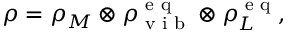
\rho = \rho _ { M } \otimes \rho _ { \textrm { v i b } } ^ { \textrm { e q } } \otimes \rho _ { L } ^ { \textrm { e q } } ,